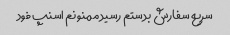
سریع سفارش بدستم رسید ممنونم اسنپ فود